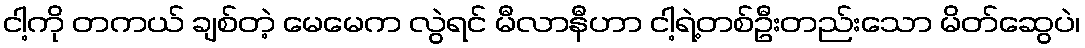
ငါ့ကို တကယ် ချစ်တဲ့ မေမေက လွဲရင် မီလာနီဟာ ငါ့ရဲ့တစ်ဦးတည်းသော မိတ်ဆွေပဲ၊